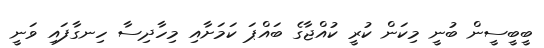
ބީބީސީން ބުނީ މިކަން ކުރީ ކުއްޖާގެ ބައްޕަ ކަމަށާއި މިހާދިސާ ހިނގާފައި ވަނީ